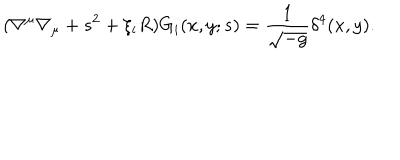
( \nabla ^ { \mu } \nabla _ { \mu } + s ^ { 2 } + \xi _ { i } R ) G _ { i } ( x , y ; s ) = \frac { 1 } { \sqrt { - g } } \delta ^ { 4 } ( x , y ) .